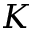
K